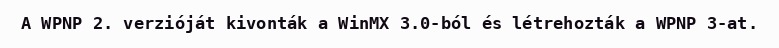
A WPNP 2. verzióját kivonták a WinMX 3.0-ból és létrehozták a WPNP 3-at.